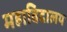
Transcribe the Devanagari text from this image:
महाविदालय